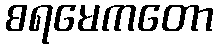
စရမေကတော